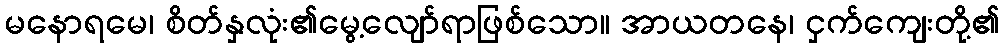
မနောရမေ၊ စိတ်နှလုံး၏မွေ့လျော်ရာဖြစ်သော။ အာယတနေ၊ ငှက်ကျေးတို့၏